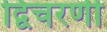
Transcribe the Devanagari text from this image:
द्विचरणी